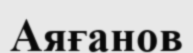
Аяғанов